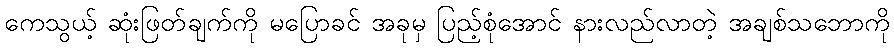
ကေသွယ့် ဆုံးဖြတ်ချက်ကို မပြောခင် အခုမှ ပြည့်စုံအောင် နားလည်လာတဲ့ အချစ်သဘောကို